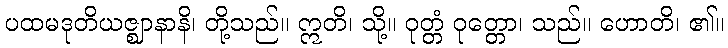
ပထမဒုတိယဇ္ဈာနာနိ၊ တို့သည်။ ဣတိ၊ သို့။ ဝုတ္တံ ဝုတ္တော၊ သည်။ ဟောတိ၊ ၏။